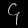
Digit: ၄